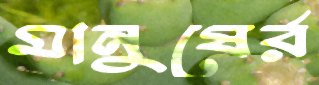
মানুষের্র